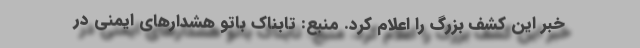
خبر این کشف بزرگ را اعلام کرد. منبع: تابناک باتو هشدارهای ایمنی در